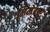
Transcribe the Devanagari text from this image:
जिमेदार